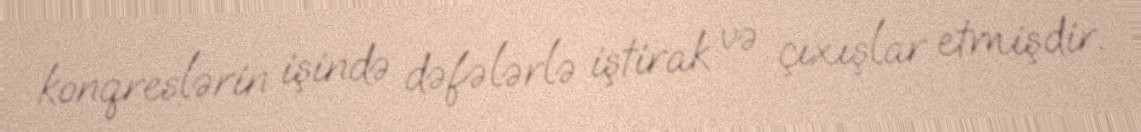
konqreslərin işində dəfələrlə iştirak və çıxışlar etmişdir.